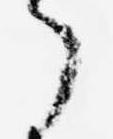
了